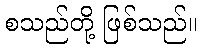
စသည်တို့ ဖြစ်သည်။